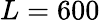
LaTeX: L=600